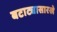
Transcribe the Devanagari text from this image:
बटाट्यासारखे